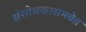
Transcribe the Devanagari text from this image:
संशोधकासमवेत